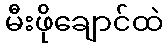
မီးဖိုချောင်ထဲ